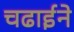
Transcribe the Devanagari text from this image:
चढाईने